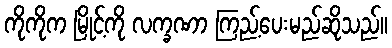
ကိုကိုက မြိုင့်ကို လက္ခဏာ ကြည့်ပေးမည်ဆိုသည်။